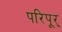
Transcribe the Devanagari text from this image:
परिपूर्